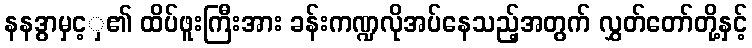
နနဒွာမှင့ှ၏ ထိပ်ဖူးကြီးအား ခန်းကဏ္ဍလိုအပ်နေသည့်အတွက် လွှတ်တော်တို့နှင့်